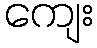
ကျေး